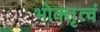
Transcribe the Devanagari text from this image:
भोक्तृत्वं